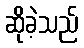
ဆိုခဲ့သည်